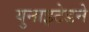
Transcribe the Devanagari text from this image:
युनाइटेडने